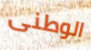
الوطنى